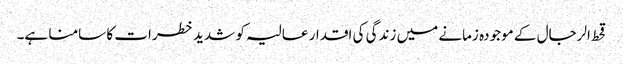
قحط الرجال کے موجودہ زمانے میں زندگی کی اقدار عالیہ کو شدید خطرات کا سامنا ہے۔